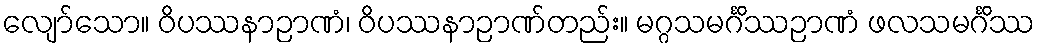
လျော်သော။ ဝိပဿနာဉာဏံ၊ ဝိပဿနာဉာဏ်တည်း။ မဂ္ဂသမင်္ဂိဿဉာဏံ ဖလသမင်္ဂိဿ